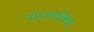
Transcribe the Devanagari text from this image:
लाडमलिका